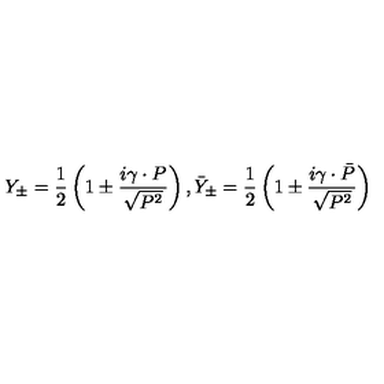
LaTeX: Y _ { \pm } = \frac 1 2 \left( 1 \pm \frac { i \gamma \cdot P } { \sqrt { P ^ { 2 } } } \right) , \bar { Y } _ { \pm } = \frac 1 2 \left( 1 \pm \frac { i \gamma \cdot \bar { P } } { \sqrt { P ^ { 2 } } } \right)